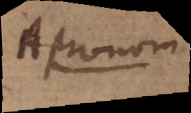
Astronom